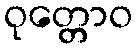
ဝုတ္တောဝ